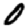
Digit: 0